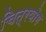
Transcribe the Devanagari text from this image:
चित्रयोग